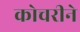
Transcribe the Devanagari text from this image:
कोचरीने